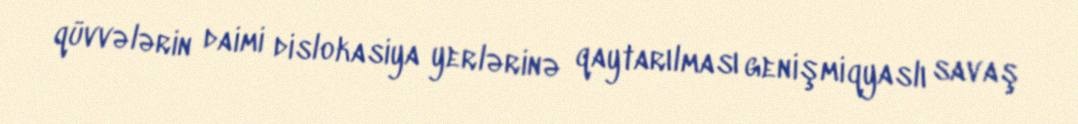
qüvvələrin daimi dislokasiya yerlərinə qaytarılması genişmiqyaslı savaş